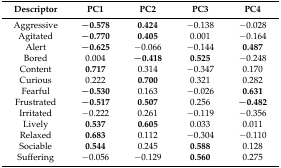
| Descriptor | PC1 | PC2 | PC3 | PC4 |
 | --- | --- | --- | --- | --- |
 | Aggressive | −0.578 | 0.424 | −0.138 | −0.028 |
 | Agitated | −0.770 | 0.405 | 0.001 | −0.164 |
 | Alert | −0.625 | −0.066 | −0.144 | 0.487 |
 | Bored | 0.004 | −0.418 | 0.525 | −0.248 |
 | Content | 0.717 | 0.314 | −0.347 | 0.170 |
 | Curious | 0.222 | 0.700 | 0.321 | 0.282 |
 | Fearful | −0.530 | 0.163 | −0.026 | 0.631 |
 | Frustrated | −0.517 | 0.507 | 0.256 | −0.482 |
 | Irritated | −0.222 | 0.261 | −0.119 | −0.356 |
 | Lively | 0.537 | 0.605 | 0.033 | 0.011 |
 | Relaxed | 0.683 | 0.112 | −0.304 | −0.110 |
 | Sociable | 0.544 | 0.245 | 0.588 | 0.128 |
 | Suffering | −0.056 | −0.129 | 0.560 | 0.275 |